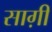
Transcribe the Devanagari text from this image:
साग़ी